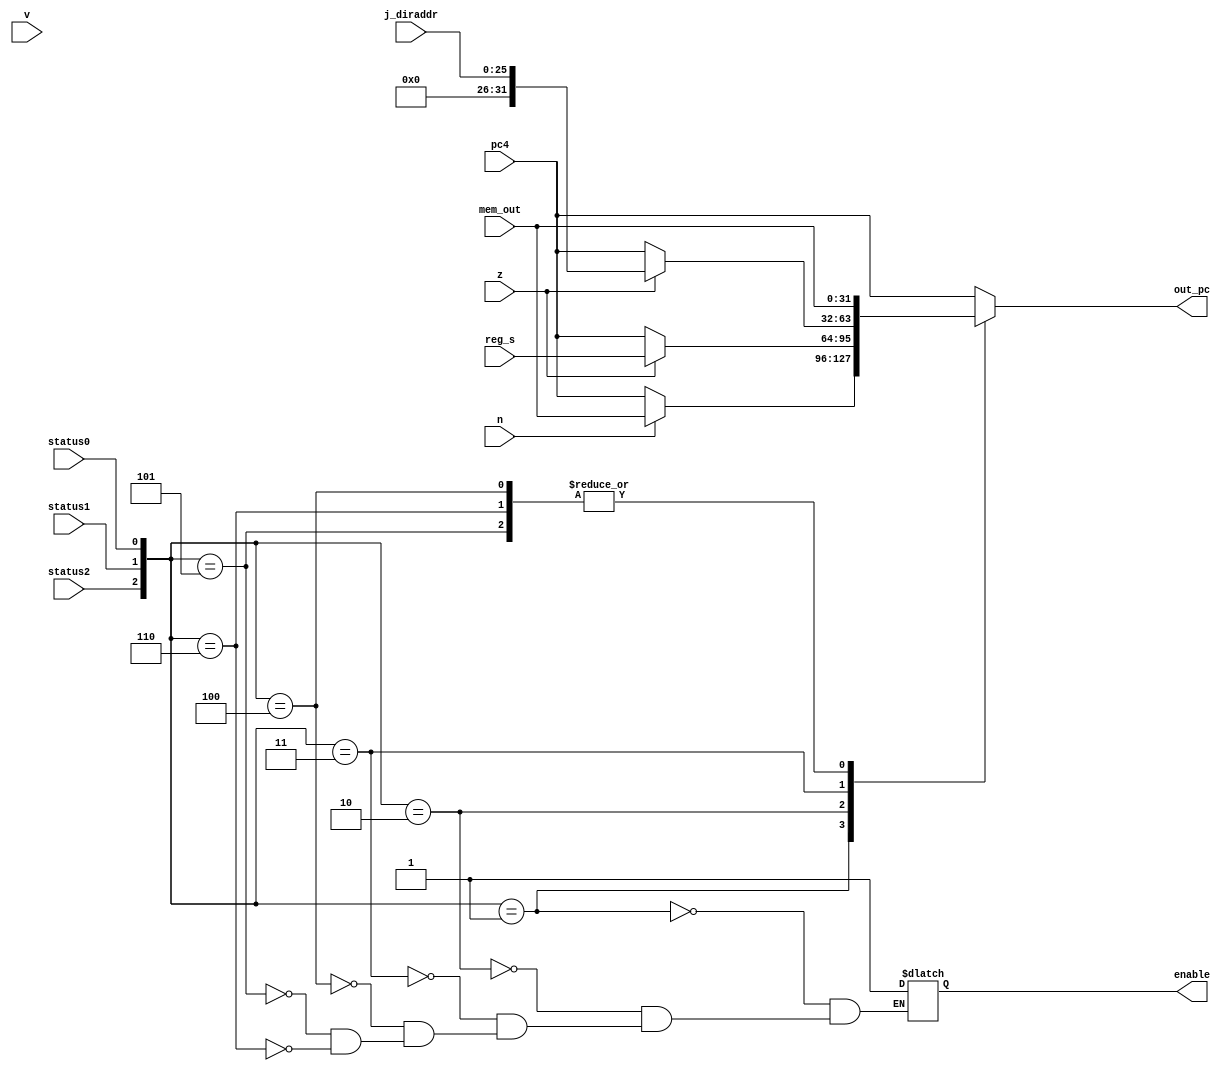
module j_br_control(out_pc, enable, pc4, mem_out, reg_s, j_diraddr, status0, status1, status2, n, z, v);
input [31:0] mem_out, pc4, reg_s;
input[25:0] j_diraddr;
input status0, status1, status2, n, z, v;
output [31:0] out_pc;
output enable;

reg [31:0] out_pc;
reg enable;
wire [2:0] status_check;

assign status_check = {status2, status1, status0};

always @ (*)
begin

	case(status_check)
		3'b000:
			begin
			out_pc = pc4;
			end
		3'b001: 			// bmn instruction is active
			begin
			out_pc = n ? mem_out : pc4;
            enable = 1;
			end
		3'b010: 			// brz instruction is active
			begin
			out_pc = z ? reg_s : pc4;
            enable = 1;
			end
		3'b011: 			// bz instruction is active
			begin
			out_pc= z ? j_diraddr : pc4;
            enable = 1;
			end
		3'b100: 			// jmor instruction is active
			begin
			out_pc = mem_out;
            enable = 1;
			end
		3'b101: 			// jalm instruction is active
			begin
			out_pc = mem_out;
            enable = 1;
			end
        3'b110: 			// jspal instruction is active
			begin
			out_pc = mem_out;
            enable = 1;
			end
		default: out_pc = pc4;
	endcase
end
endmodule